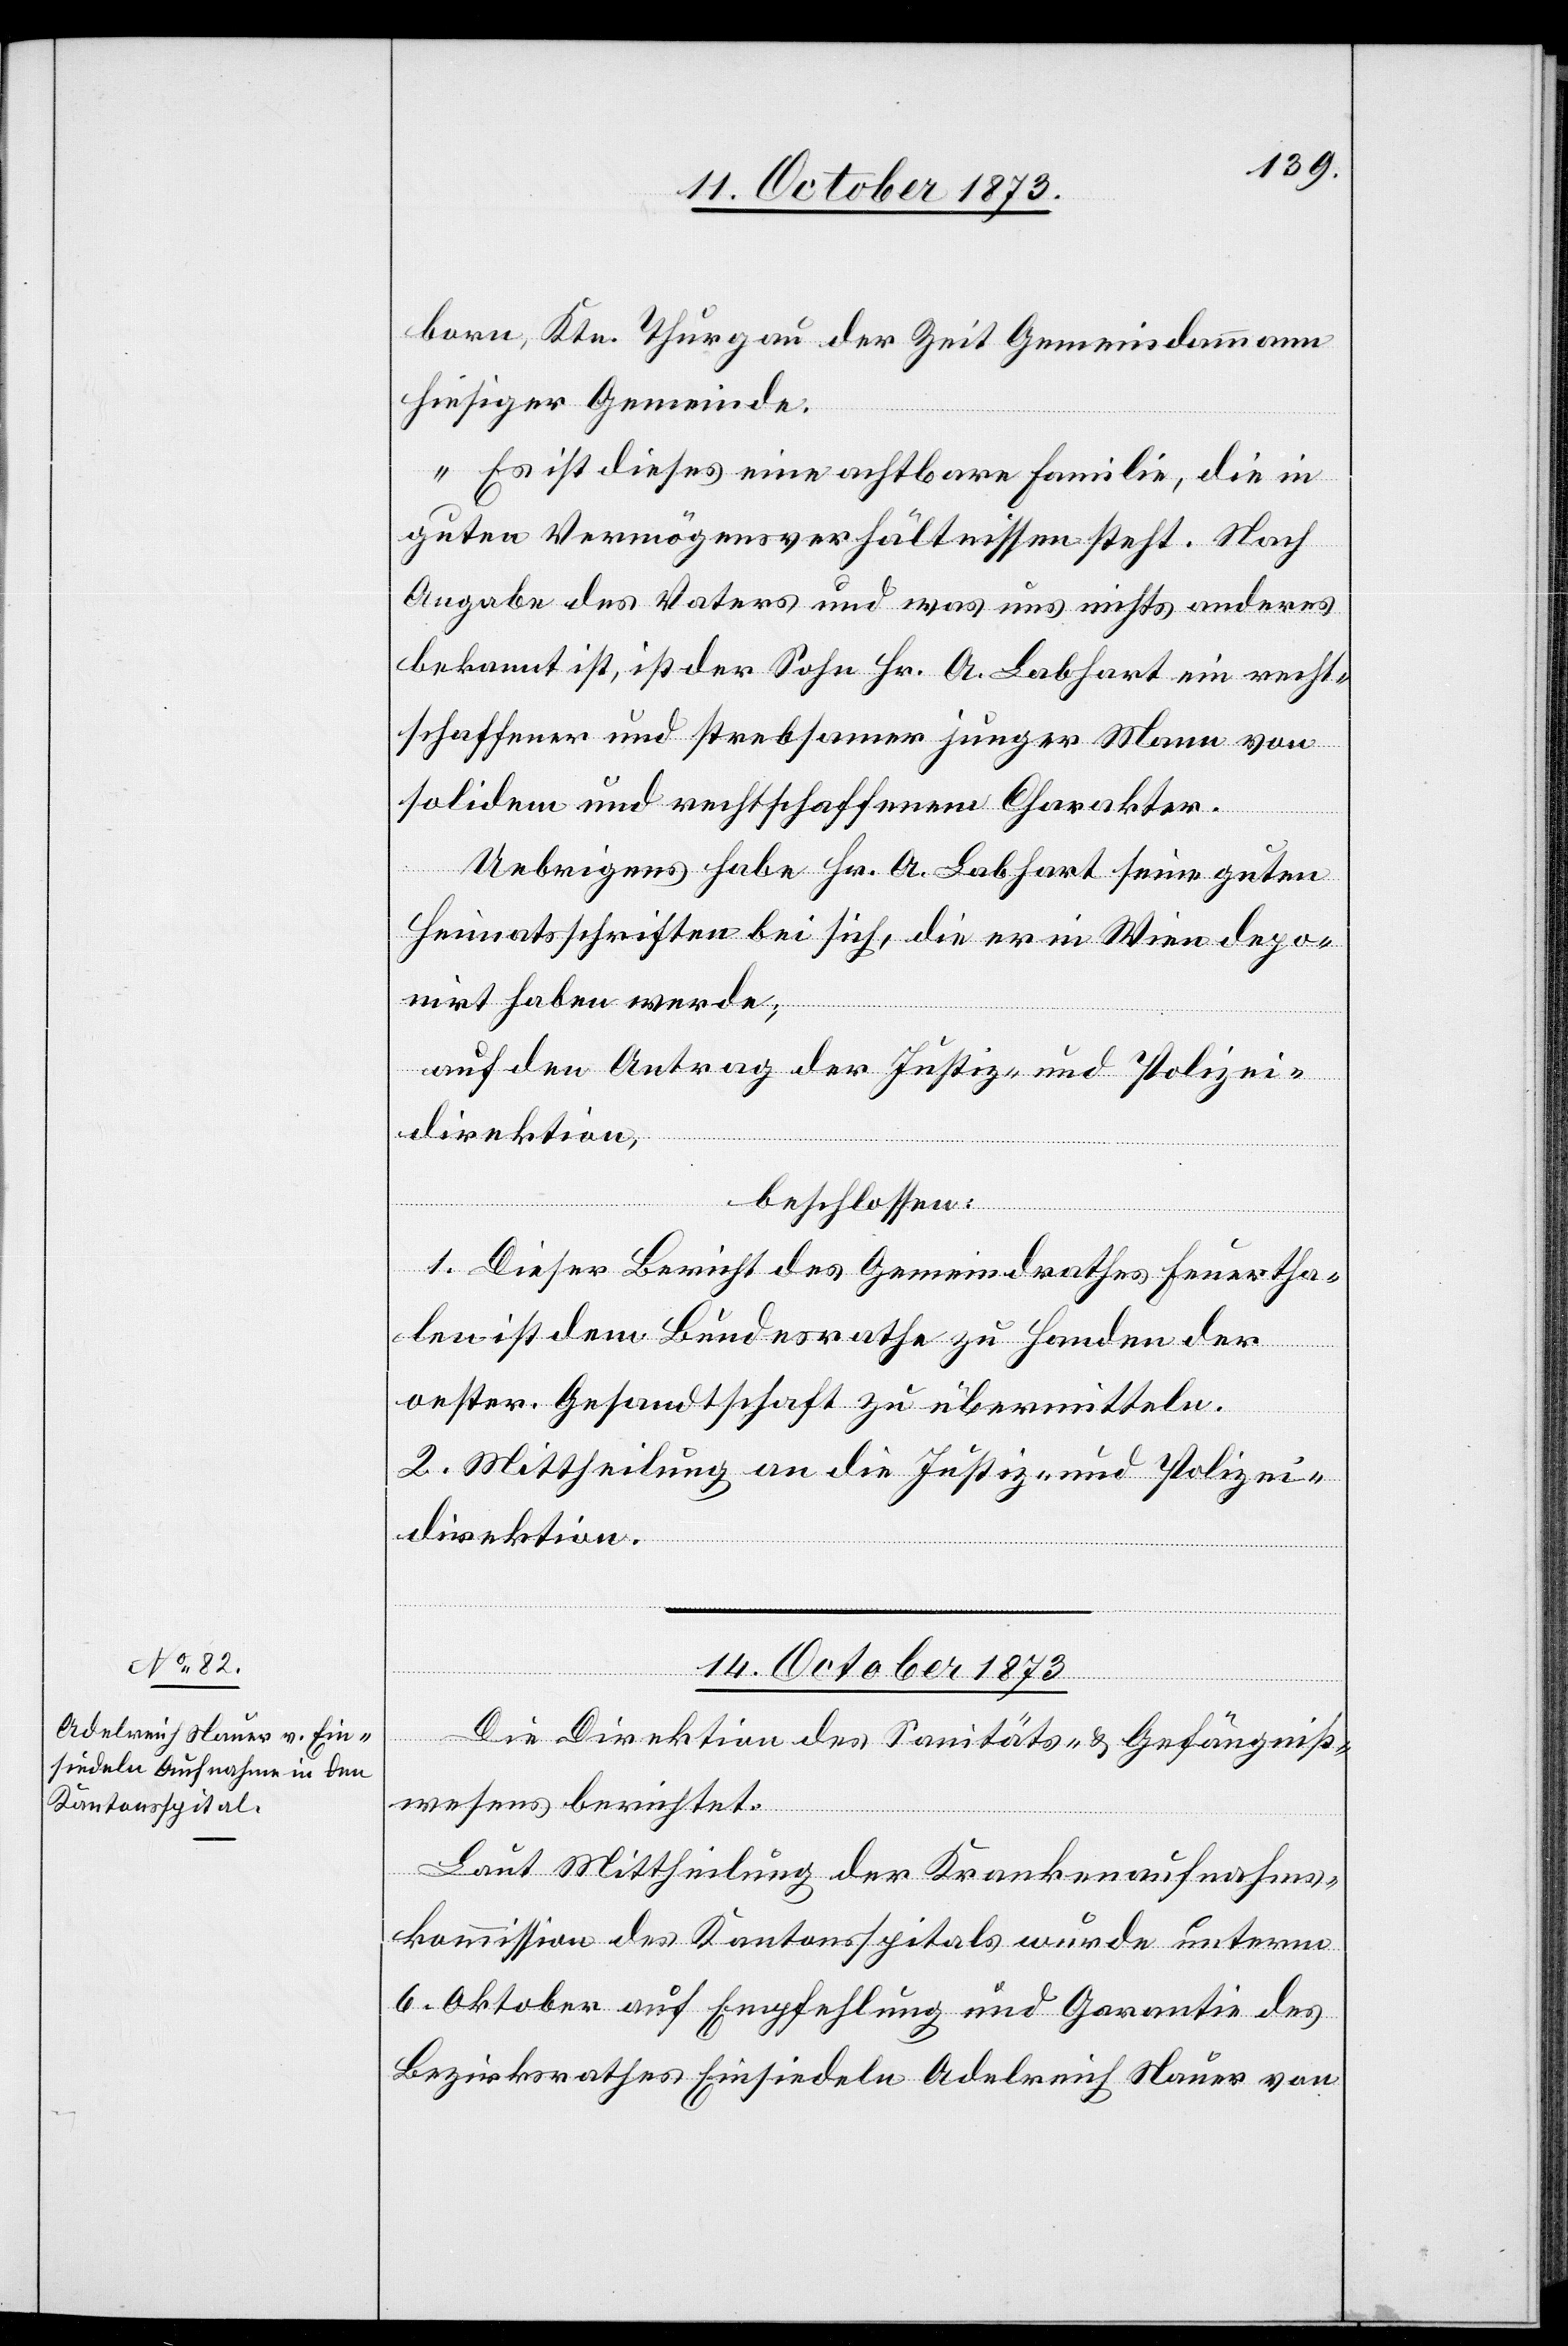
14. October 1873.
born, Ktn. Thurgau der Zeit Gemeindammann
hiesiger Gemeinde.
„Es ist dieses eine achtbare Familie, die in
guten Vermögensverhältnissen steht. Nach
Angabe des Vaters und was uns nichts anderes
bekannt ist, ist der Sohn Hr. A. Labhart ein recht¬
schaffener und strebsamer junger Mann von
solidem und rechtschaffenem Charakter.
Uebrigens habe Hr. A. Labhart seine guten
Heimatsschriften bei sich, die er in Wien depo¬
nirt haben werde;
auf den Antrag der Justiz- und Polizei¬
direktion,
beschlossen:
1. Dieser Bericht des Gemeindrathes Feuertha¬
len ist dem Bundesrathe zu Handen der
oester. Gesandtschaft zu übermitteln.
2. Mittheilung an die Justiz- und Polizei¬
direktion.
Die Direktion des Sanitäts- & Gefängniß¬
wesens berichtet:
Laut Mittheilung der Krankenaufnahms¬
kommission des Kantonsspitals wurde unterm
6. Oktober auf Empfehlung und Garantie des
Bezirksrathes Einsiedeln Adelreich Nauer von